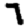
Digit: 7